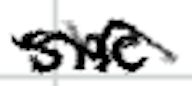
Text: she
Cross-out: wave
Writing tool: digital_black